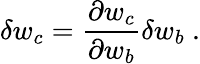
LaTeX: \delta w_{c}=\frac{\partial w_{c}}{\partial w_{b}}\delta w_{b}\ .